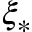
\xi _ { * }